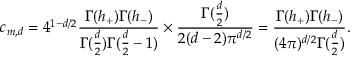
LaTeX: c _ { m , d } = 4 ^ { 1 - d / 2 } \frac { \Gamma ( h _ { + } ) \Gamma ( h _ { - } ) } { \Gamma ( \frac { d } { 2 } ) \Gamma ( \frac { d } { 2 } - 1 ) } \times \frac { \Gamma ( \frac { d } { 2 } ) } { 2 ( d - 2 ) \pi ^ { d / 2 } } = \frac { \Gamma ( h _ { + } ) \Gamma ( h _ { - } ) } { ( 4 \pi ) ^ { d / 2 } \Gamma ( \frac { d } { 2 } ) } .